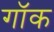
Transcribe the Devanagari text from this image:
गॉक